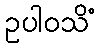
ဥပါဝသိံ